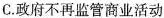
C. 政府不再监管商业活动